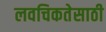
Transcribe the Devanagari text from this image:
लवचिकतेसाठी